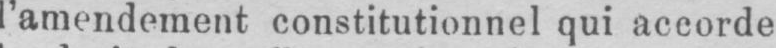
l’amendement constitutionnel qui accorde